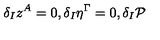
\delta _ { I } z ^ { A } = 0 , \delta _ { I } \eta ^ { \Gamma } = 0 , \delta _ { I } \mathcal { P }